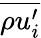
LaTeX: \overline{{\rho u_{i}^{\prime}}}